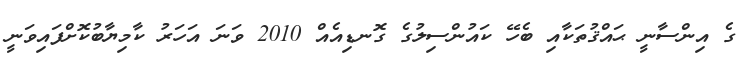
ގެ އިންސާނީ ޙައްޤުތަކާއި ބެހޭ ކައުންސިލުގެ ގޮނޑިއެއް 2010 ވަނަ އަހަރު ކާމިޔާބުކޮށްފައިވަނީ